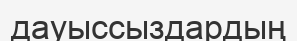
дауыссыздардың